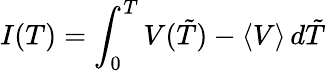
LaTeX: I(T)=\int_{0}^{T}V(\tilde{T})-\langle V\rangle\, d\tilde{T}